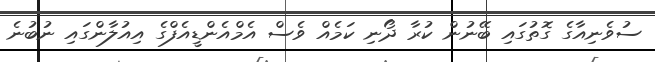
ސުވެނިއާގެ ގޮތުގައި ބޭނުން ކުރާ ދޯނި ކަމެއް ވެސް އެމްއެންޑީއެފްގެ އިއުލާންގައި ނުބުނެ